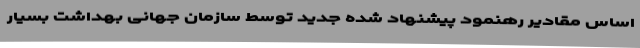
اساس مقادیر رهنمود پیشنهاد شده جدید توسط سازمان جهانی بهداشت بسیار